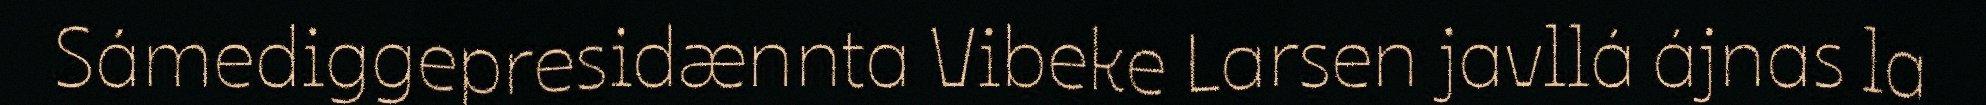
Sámediggepresidænnta Vibeke Larsen javllá ájnas la